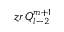
z r \, Q _ { l - 2 } ^ { m + 1 }